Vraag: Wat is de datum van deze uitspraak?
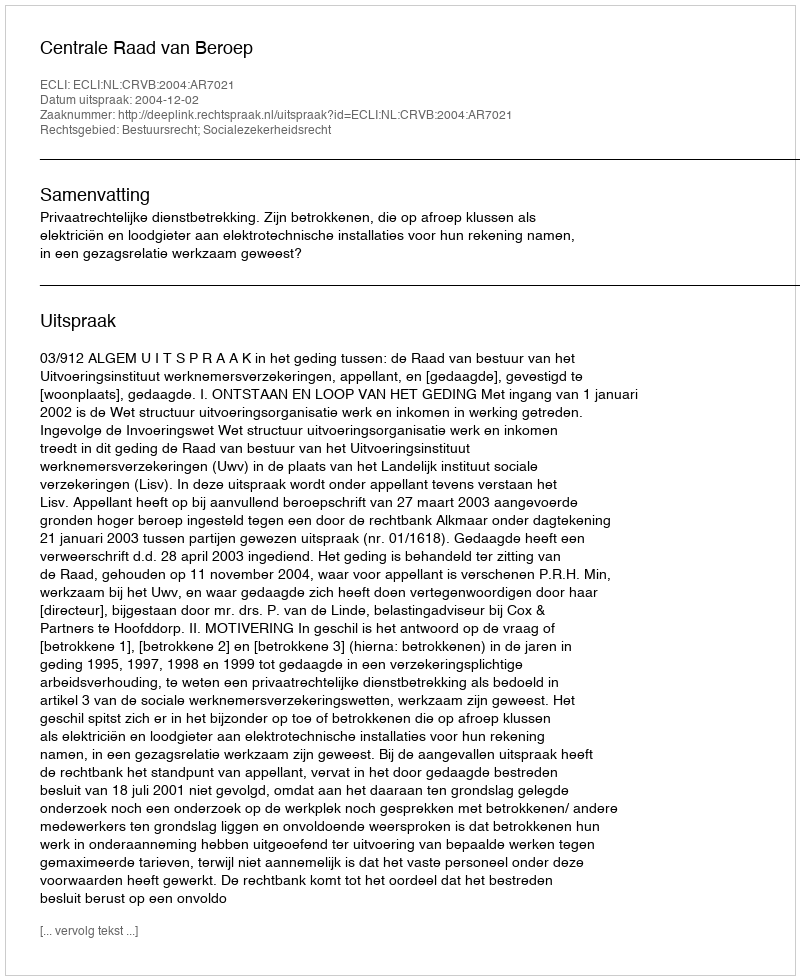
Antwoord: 2004-12-02